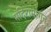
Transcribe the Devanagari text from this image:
मंदिरामागून